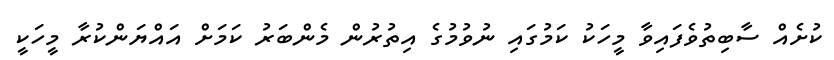
ކުށެއް ސާބިތުވެފައިވާ މީހަކު ކަމުގައި ނުވުމުގެ އިތުރުން މެންބަރު ކަމަށް އައްޔަންކުރާ މީހަކީ